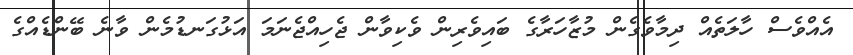
އެއްވެސް ހާލަތެއް ދިމާވެގެން މުޒާހަރާގެ ބައިވެރިން ވެކިވާން ޖެހިއްޖެނަމަ އަޅުގަނޑުމެން ވާނެ ބޭންޑެއްގެ